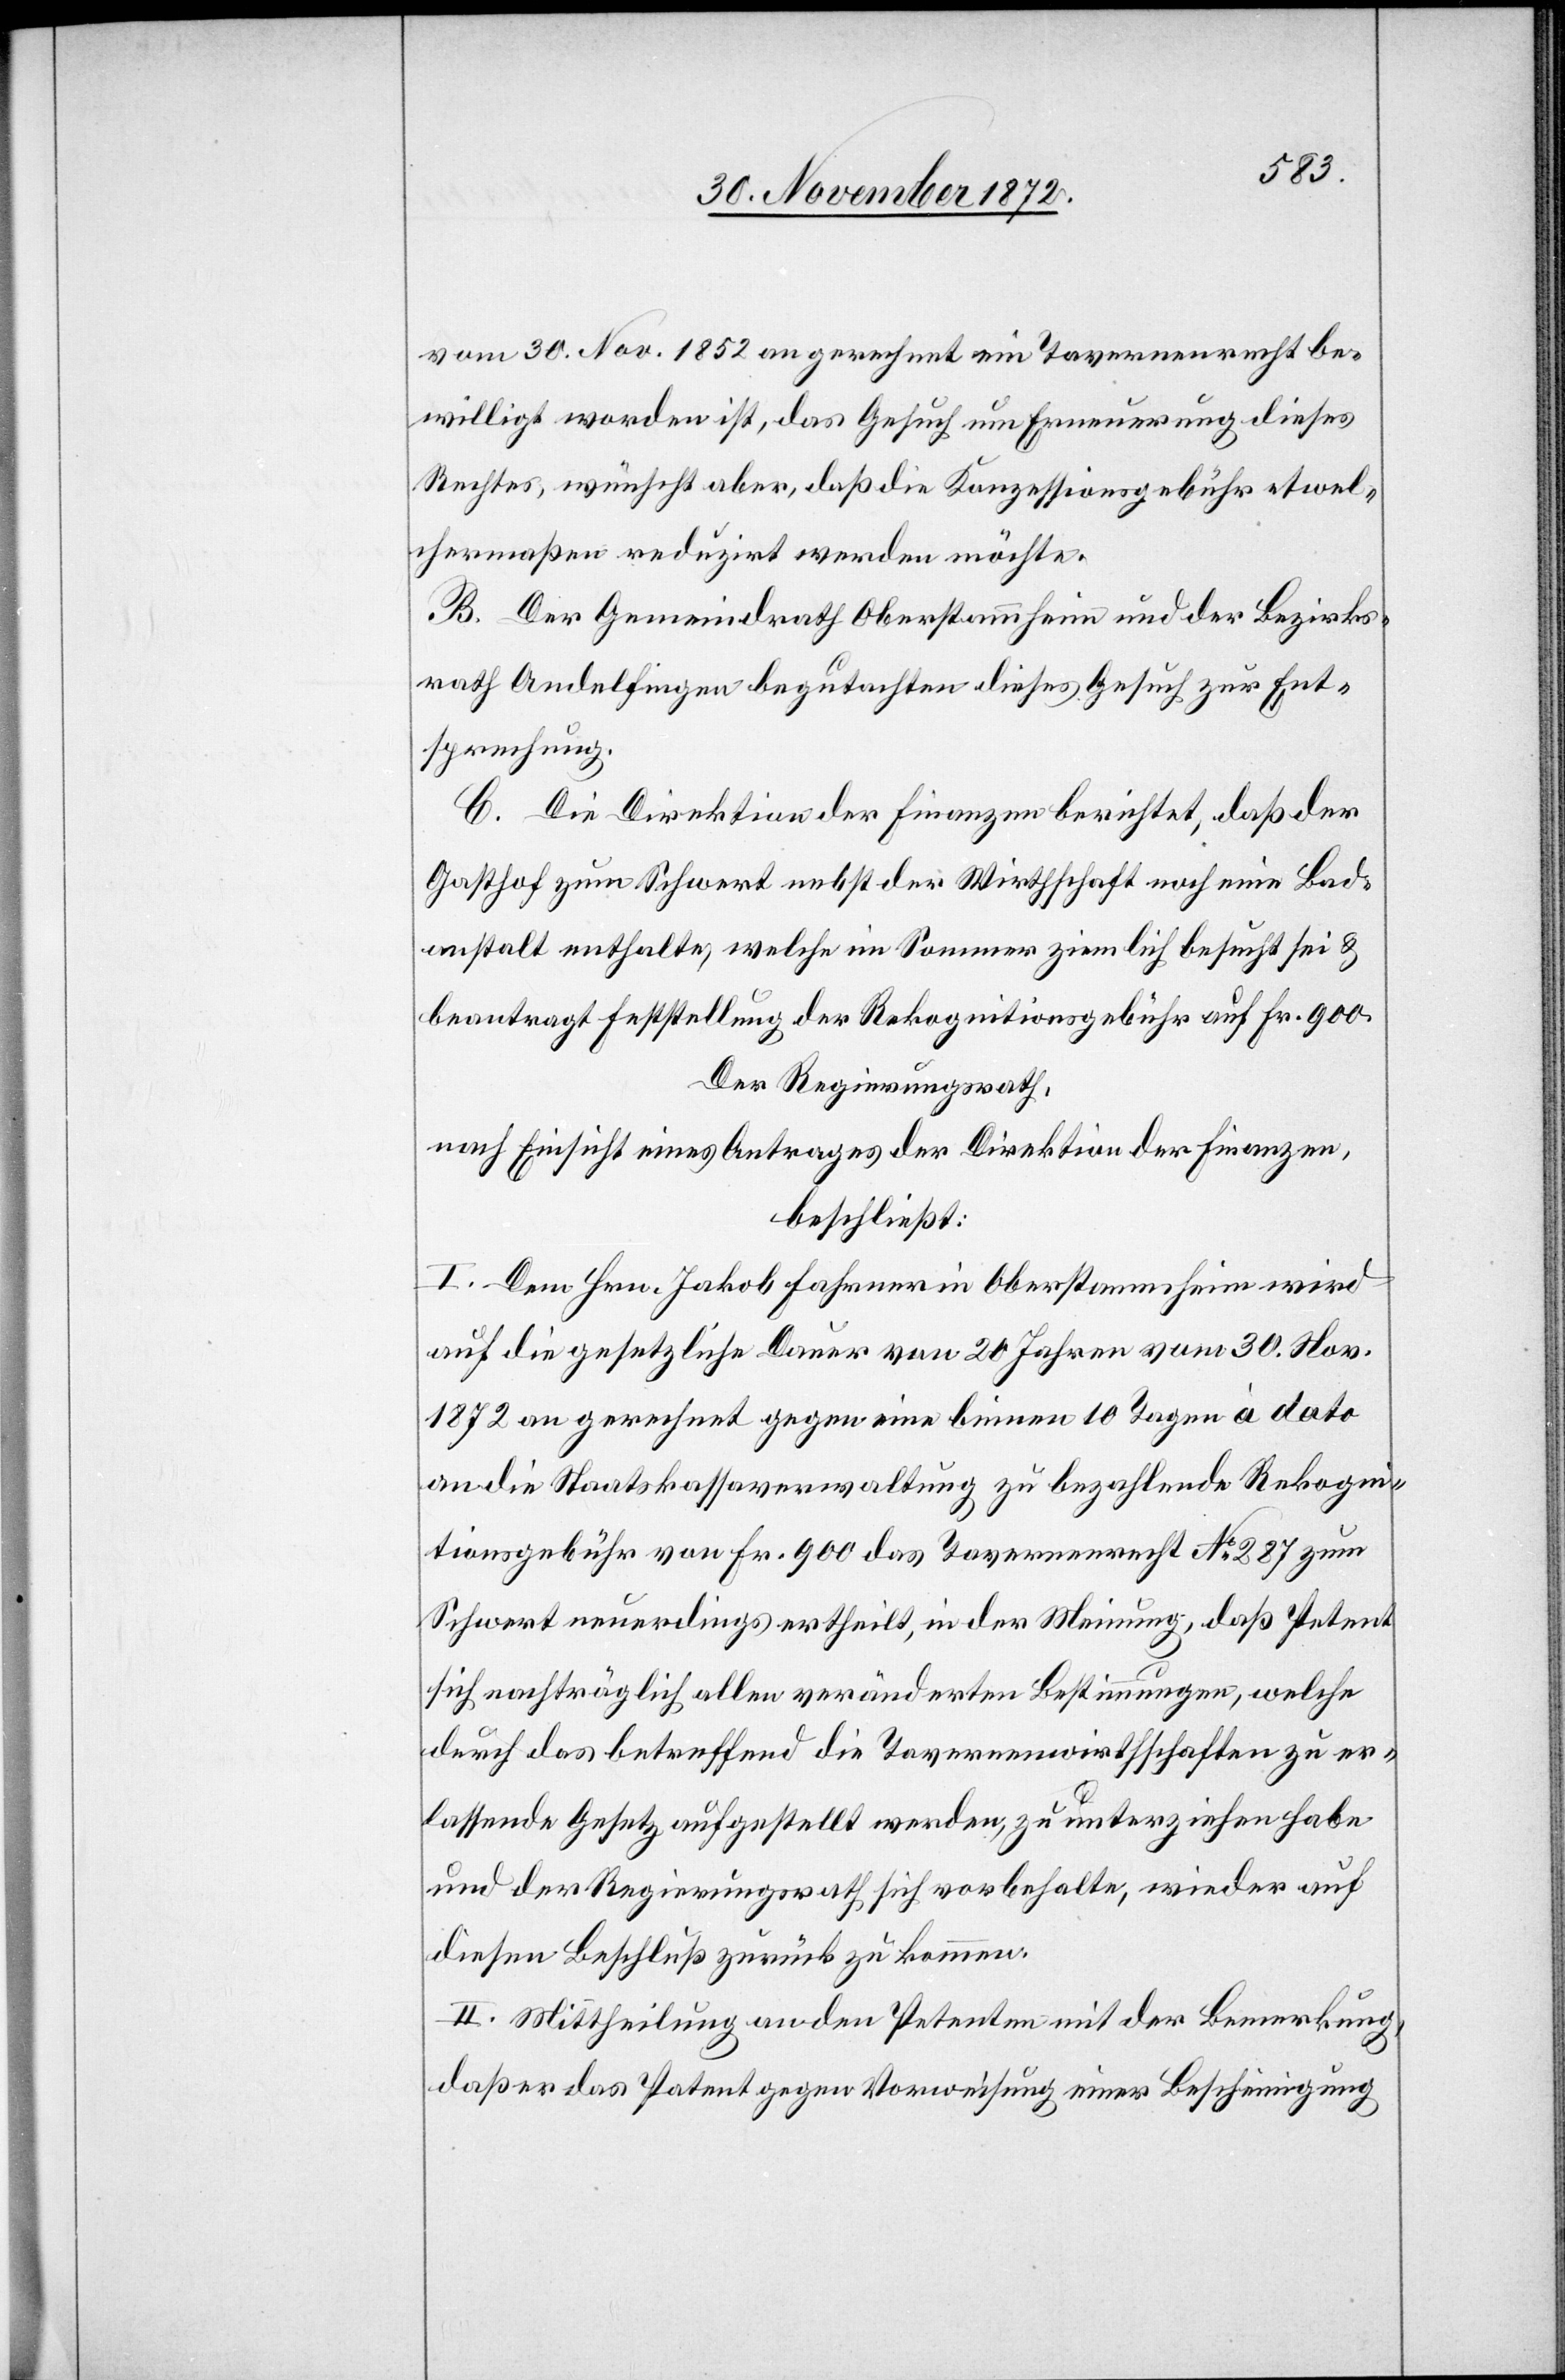
vom 30. Nov. 1852 an gerechnet ein Tavernenrecht be¬
willigt worden ist, das Gesuch um Erneuerung dieses
Rechtes, wünscht aber, daß die Konzessionsgebühr etwel¬
chermaßen reduzirt werden möchte.
B. Der Gemeindrath Oberstammheim und der Bezirks¬
rath Andelfingen begutachten dieses Gesuch zur Ent¬
sprechung.
C. Die Direktion der Finanzen berichtet, daß der
Gasthof zum Schwert nebst der Wirthschaft noch eine Bad¬
anstalt enthalte, welche im Sommer ziemlich besucht sei u.
beantragt Feststellung der Rekognitionsgebühr auf Fr. 900.
Der Regierungsrath,
nach Einsicht eines Antrages der Direktion der Finanzen,
beschließt:
I. Dem Hrn. Jakob Fahrner in Oberstammheim wird
auf die gesetzliche Dauer von 20 Jahren vom 30. Nov.
1872 an gerechnet gegen eine binnen 10 Tagen à dato
an die Staatskassaverwaltung zu bezahlende Rekogni¬
tionsgebühr von Fr. 900 das Tavernenrecht No 287 zum
Schwert neuerdings ertheilt, in der Meinung, daß Petent
sich nachträglich allen veränderten Bestimmungen, welche
durch das betreffend die Tavernenwirthschaften zu er¬
lassende Gesetz aufgestellt werden, zu unterziehen habe
und der Regierungsrath sich vorbehalte, wieder auf
diesen Beschluß zurück zu kommen.
II. Mittheilung an den Petenten mit der Bemerkung,
daß er das Patent gegen Vorweisung einer Bescheinigung